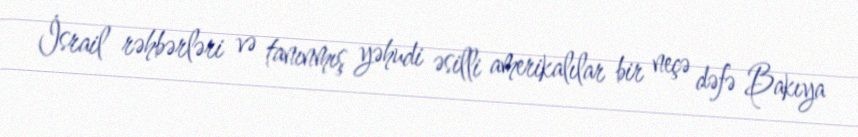
İsrail rəhbərləri və tanınmış yəhudi əsilli amerikalılar bir neçə dəfə Bakıya